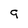
Character: 9